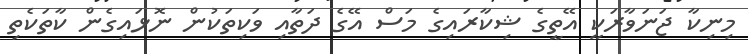
މިނިކާ ޖަނަވާރަކީ އޭތީގެ ޝިކާރައިގެ މަސް އޭގެ ދަތާއި ވަކިތަކުން ނޮޅައިގެން ކާތަކެތި